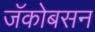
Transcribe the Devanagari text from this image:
जॅकोबसन